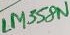
Text: LM358N